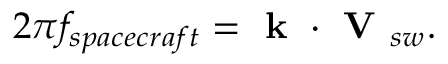
2 \pi f _ { s p a c e c r a f t } = \textbf { k } \cdot \textbf { V } _ { s w } .